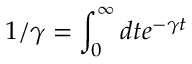
1 / \gamma = \int _ { 0 } ^ { \infty } d t e ^ { - \gamma t }